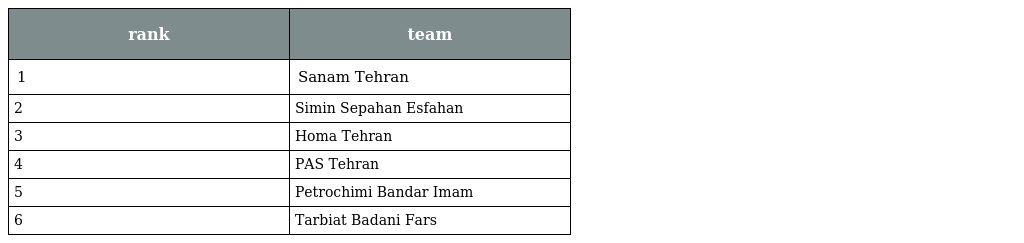
| rank | team |
 | --- | --- |
 | 1 | Sanam Tehran |
 | 2 | Simin Sepahan Esfahan |
 | 3 | Homa Tehran |
 | 4 | PAS Tehran |
 | 5 | Petrochimi Bandar Imam |
 | 6 | Tarbiat Badani Fars |